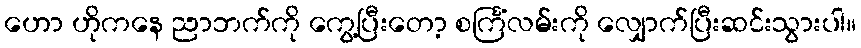
ဟော ဟိုကနေ ညာဘက်ကို ကွေ့ပြီးတော့ စင်္ကြံလမ်းကို လျှောက်ပြီးဆင်းသွားပါ။